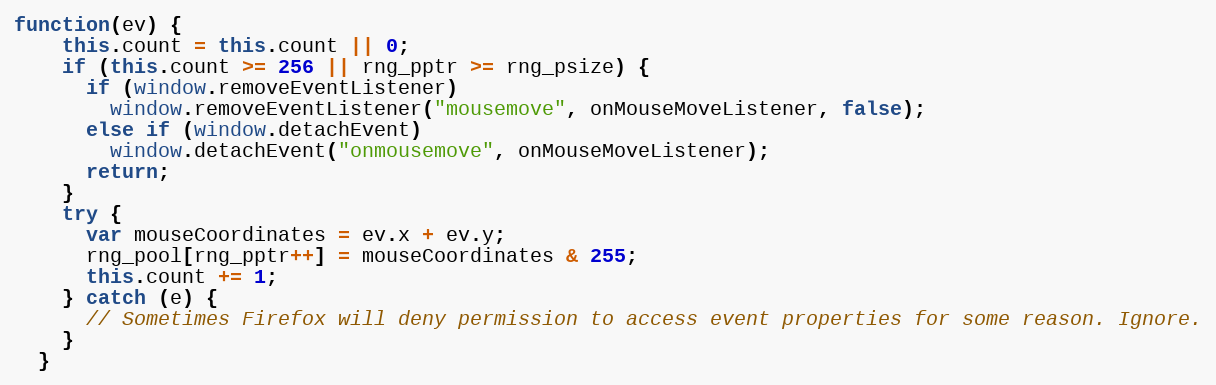
Language: JavaScript
function(ev) {
    this.count = this.count || 0;
    if (this.count >= 256 || rng_pptr >= rng_psize) {
      if (window.removeEventListener)
        window.removeEventListener("mousemove", onMouseMoveListener, false);
      else if (window.detachEvent)
        window.detachEvent("onmousemove", onMouseMoveListener);
      return;
    }
    try {
      var mouseCoordinates = ev.x + ev.y;
      rng_pool[rng_pptr++] = mouseCoordinates & 255;
      this.count += 1;
    } catch (e) {
      // Sometimes Firefox will deny permission to access event properties for some reason. Ignore.
    }
  }